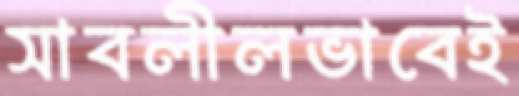
সাবলীলভাবেই